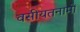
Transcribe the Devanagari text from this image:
वसीयतनामों